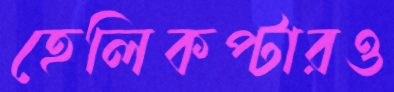
হেলিকপ্টারও